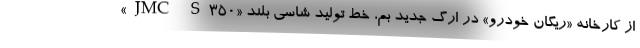
از کارخانه «ریگان خودرو» در ارگ جدید بم، خط تولید شاسی بلند «JMC S350»